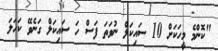
"ކޮންމެ މީހަކަށް 10 ސައިކަލް ނުވަތަ ފަސް ހަ ސައިކަލް ގަނެވޭ ކަހަލަ